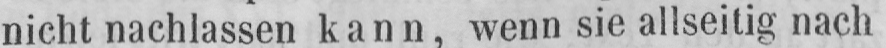
nicht nachlassen kann, wenn sie allseitig nach